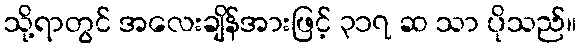
သို့ရာတွင် အလေးချိန်အားဖြင့် ၃၁၇ ဆ သာ ပိုသည်။